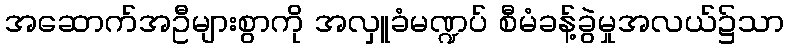
အဆောက်အဦများစွာကို အလှူခံမဏ္ဍပ် စီမံခန့်ခွဲမှုအလယ်၌သာ